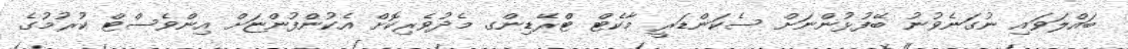
ބައްލަވައި ނުގަނެވުނު ބޭފުޅުންނަށް ސެކަންޑަރީ މާކެޓް ޓްރޭޑިންގ މެދުވެރިކޮށް އެކުންފުންޏަށް އިންވެސްޓް ކުރުމުގެ